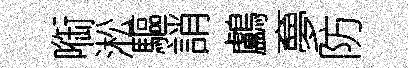
㗸淞驅誚鸕夣防